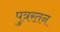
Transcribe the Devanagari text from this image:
पुत्ररतन